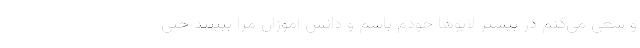
و سعی می‌کنم در بیشتر لایوها خودم باشم و دانش آموزان مرا ببینند حتی